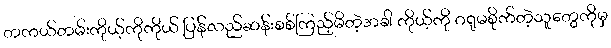
တကယ်တမ်းကိုယ့်ကိုကိုယ် ပြန်လည်ဆန်းစစ်ကြည့်မိတဲ့အခါ ကိုယ့်ကို ဂရုမစိုက်တဲ့သူတွေကိုမှ